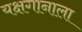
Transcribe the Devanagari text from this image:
यक्षगानाला